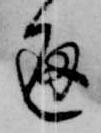
通